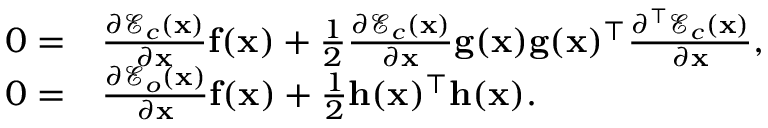
\begin{array} { r l } { 0 = } & { \frac { \partial \mathcal { E } _ { c } ( \mathbf { x } ) } { \partial \mathbf { x } } \mathbf { f } ( \mathbf { x } ) + \frac { 1 } { 2 } \frac { \partial \mathcal { E } _ { c } ( \mathbf { x } ) } { \partial \mathbf { x } } \mathbf { g } ( \mathbf { x } ) \mathbf { g } ( \mathbf { x } ) ^ { \top } \frac { \partial ^ { \top } \mathcal { E } _ { c } ( \mathbf { x } ) } { \partial \mathbf { x } } , } \\ { 0 = } & { \frac { \partial \mathcal { E } _ { o } ( \mathbf { x } ) } { \partial \mathbf { x } } \mathbf { f } ( \mathbf { x } ) + \frac { 1 } { 2 } \mathbf { h } ( \mathbf { x } ) ^ { \top } \mathbf { h } ( \mathbf { x } ) . } \end{array}